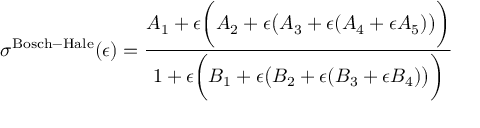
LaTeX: \sigma ^ { \mathrm { B o s c h - H a l e } } ( \epsilon ) = { \frac { A _ { 1 } + \epsilon { \bigg ( } A _ { 2 } + \epsilon { \big ( } A _ { 3 } + \epsilon ( A _ { 4 } + \epsilon A _ { 5 } ) { \big ) } { \bigg ) } } { 1 + \epsilon { \bigg ( } B _ { 1 } + \epsilon { \big ( } B _ { 2 } + \epsilon ( B _ { 3 } + \epsilon B _ { 4 } ) { \big ) } { \bigg ) } } }